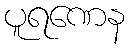
ပူရဏေန